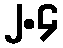
၂.၄